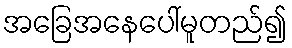
အခြေအနေပေါ်မူတည်၍